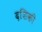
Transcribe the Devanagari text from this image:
दशिकी